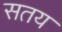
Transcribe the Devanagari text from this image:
सतय